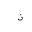
Letter: _thal